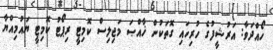
ހޯއްދަވާ: އަރުޝީފުގެ ހުރިހައި ގޮތަކުން ޚާއްޞަ މަޖިލިސް ކޮމިޓީ ރިޕޯޓު ކޮމިޓީ ޔައުމިއްޔާ